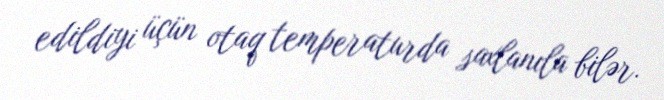
edildiyi üçün otaq temperaturda saxlanıla bilər.